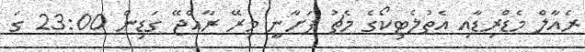
ރެއާލް މެޑްރިޑާއި އެތުލެޓިކޯގެ މެޗު ފަށާނީ މިރޭ ރާއްޖޭ ގަޑިން 23:00 ގަ